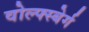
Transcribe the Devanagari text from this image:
वोल्फ्स्बेर्ग